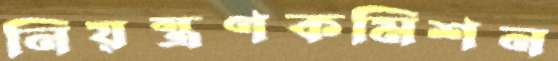
নিয়ন্ত্রণকমিশন